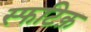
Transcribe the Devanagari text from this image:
स्फटिक़